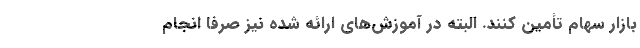
بازار سهام تأمین کنند. البته در آموزش‌های ارائه شده نیز صرفاً انجام